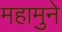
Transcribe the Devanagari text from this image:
महामुने